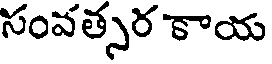
సంవత్సర కాయ